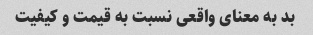
بد به معنای واقعی نسبت به قیمت و کیفیت